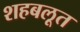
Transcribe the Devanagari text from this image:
शहबलूत